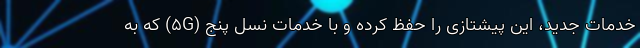
خدمات جدید، این پیشتازی را حفظ کرده و با خدمات نسل پنج (5G) که به